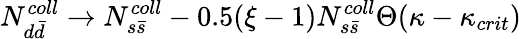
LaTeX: N_{d\bar{d}}^{coll}\to N_{s\bar{s}}^{coll}-0.5(\xi-1)N_{s\bar{s}}^{coll}\Theta(\kappa-\kappa_{crit})